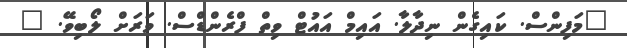
"މަފިންސް. ކައިގެން ނިދާލާ. އައިމް އައުޓް ވިތް ފްރެންޑްސް. ވަރަށް ލޯބިވޭ. "